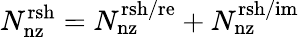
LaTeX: N_{\mathrm{nz}}^{\mathrm{rsh}}=N_{\mathrm{nz}}^{\mathrm{rsh/re}}+N_{\mathrm{nz}}^{\mathrm{rsh/im}}